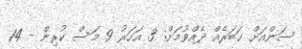
ސަންއަށް ޚަބަރެއް ދެއްވުމަށް: 3 އަހަރު 9 މަސް ކުރިން - 14